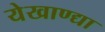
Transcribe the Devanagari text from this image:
येखाण्द्या